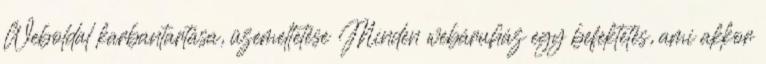
Weboldal karbantartása, üzemeltetése Minden webáruház egy befektetés, ami akkor